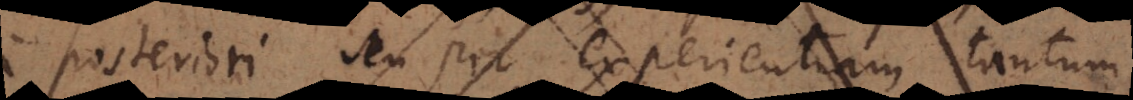
a posteriori seu per experientiam tantum